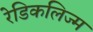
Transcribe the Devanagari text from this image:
रेडिकलिज्म